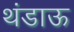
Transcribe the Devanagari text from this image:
थंडाऊ